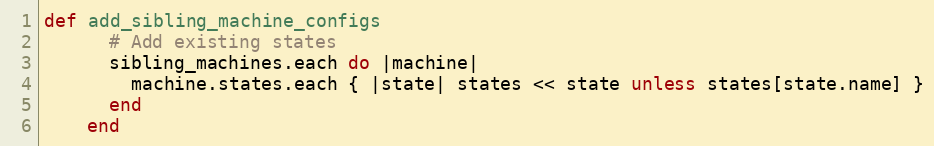
Language: Ruby
def add_sibling_machine_configs
      # Add existing states
      sibling_machines.each do |machine|
        machine.states.each { |state| states << state unless states[state.name] }
      end
    end